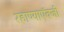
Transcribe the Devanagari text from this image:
रहाण्याऍवजी